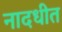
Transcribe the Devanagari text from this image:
नादधीत